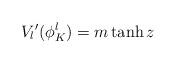
LaTeX: \begin{align*}V_{l}{'}(\phi ^{l}_{K})=m\tanh z\end{align*}